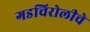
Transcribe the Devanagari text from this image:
गडचिरोलीचे